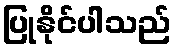
ပြုနိုင်ပါသည်